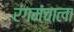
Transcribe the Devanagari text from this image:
रंगमंचाला